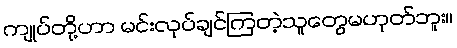
ကျုပ်တို့ဟာ မင်းလုပ်ချင်ကြတဲ့သူတွေမဟုတ်ဘူး။